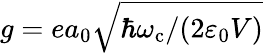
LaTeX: g=ea_{0}\sqrt{\hbar\omega_{\mathrm{c}}/(2\varepsilon_{0}V)}